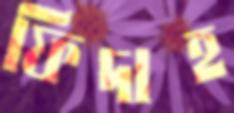
ফিদাহ